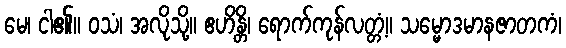
မေ၊ ငါ၏။ ဝသံ၊ အလိုသို့။ ဧဟိန္တိ၊ ရောက်ကုန်လတ္တံ့။ သမ္မောဒမာနဇာတကံ၊